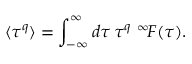
\langle \tau ^ { q } \rangle = \int _ { - \infty } ^ { \infty } d \tau \, \tau ^ { q } \, \, ^ { \infty } \! F ( \tau ) .